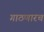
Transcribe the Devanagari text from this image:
गाठणारच